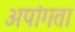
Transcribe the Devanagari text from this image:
अपांगता